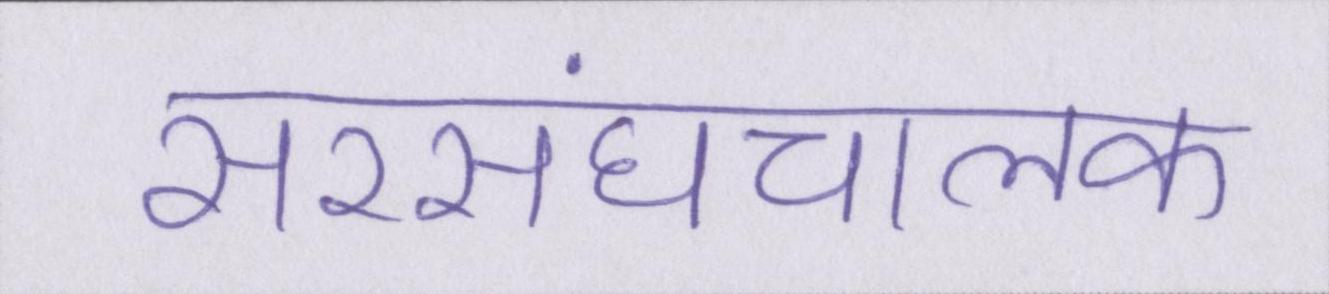
सरसंघचालक